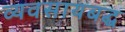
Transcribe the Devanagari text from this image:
व्यवसायबद्ध